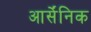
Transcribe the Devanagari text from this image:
आर्सेंनिक